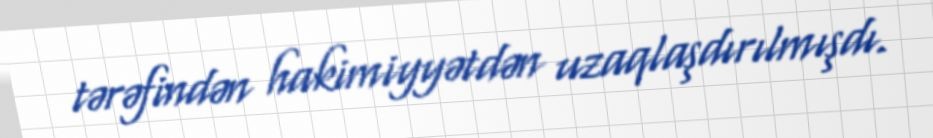
tərəfindən hakimiyyətdən uzaqlaşdırılmışdı.